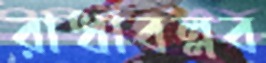
রাধাবল্লব